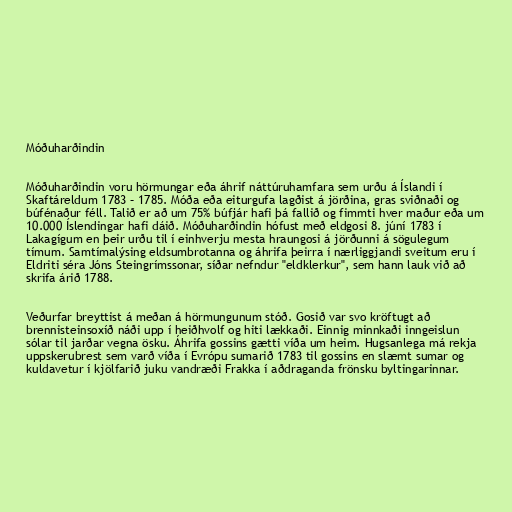
Móðuharðindin

Móðuharðindin voru hörmungar eða áhrif náttúruhamfara sem urðu á Íslandi í
Skaftáreldum 1783 – 1785. Móða eða eiturgufa lagðist á jörðina, gras sviðnaði og
búfénaður féll. Talið er að um 75% búfjár hafi þá fallið og fimmti hver maður eða um
10.000 Íslendingar hafi dáið. Móðuharðindin hófust með eldgosi 8. júní 1783 í
Lakagígum en þeir urðu til í einhverju mesta hraungosi á jörðunni á sögulegum
tímum. Samtímalýsing eldsumbrotanna og áhrifa þeirra í nærliggjandi sveitum eru í
Eldriti séra Jóns Steingrímssonar, síðar nefndur "eldklerkur", sem hann lauk við að
skrifa árið 1788.

Veðurfar breyttist á meðan á hörmungunum stóð. Gosið var svo kröftugt að
brennisteinsoxíð náði upp í heiðhvolf og hiti lækkaði. Einnig minnkaði inngeislun
sólar til jarðar vegna ösku. Áhrifa gossins gætti víða um heim. Hugsanlega má rekja
uppskerubrest sem varð víða í Evrópu sumarið 1783 til gossins en slæmt sumar og
kuldavetur í kjölfarið juku vandræði Frakka í aðdraganda frönsku byltingarinnar.